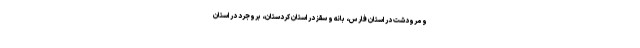
و مرودشت در استان فارس، بانه و سقز در استان کردستان، بروجرد در استان